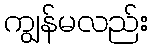
ကျွန်မလည်း